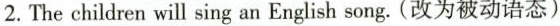
2. The children will sing an English song. (改为被动语态)